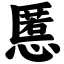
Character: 慝